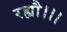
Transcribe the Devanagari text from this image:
रह्यौ।।।